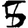
Digit: 5